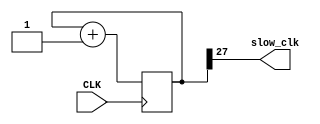
`timescale 1ns / 1ps
//////////////////////////////////////////////////////////////////////////////////
// Company: 
// Engineer: 
// 
// Design Name: 
// Module Name: clock_div
// Project Name: 
// Target Devices: 
// Tool Versions: 
// Description: 
// 
// Dependencies: 
// 
// Revision:
// Revision 0.01 - File Created
// Additional Comments:
// 
//////////////////////////////////////////////////////////////////////////////////


module clock_div(input CLK, output slow_clk);
reg [31:0] counter;
always @(posedge CLK)
begin
counter <= counter + 1;
end
assign slow_clk = counter[27];
endmodule